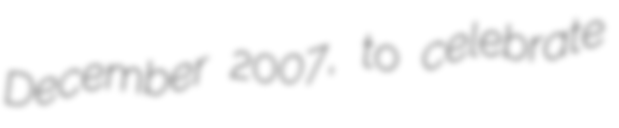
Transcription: December 2007, to celebrate